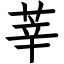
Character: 莘